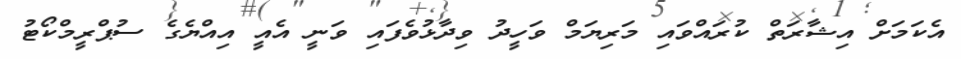
އެކަމަށް އިޝާރަތް ކުރައްވައި މަރިޔަމް ވަހީދު ވިދާޅުވެފައި ވަނީ އެއީ އިއްޔެގެ ސުޕްރީމްކޯޓު